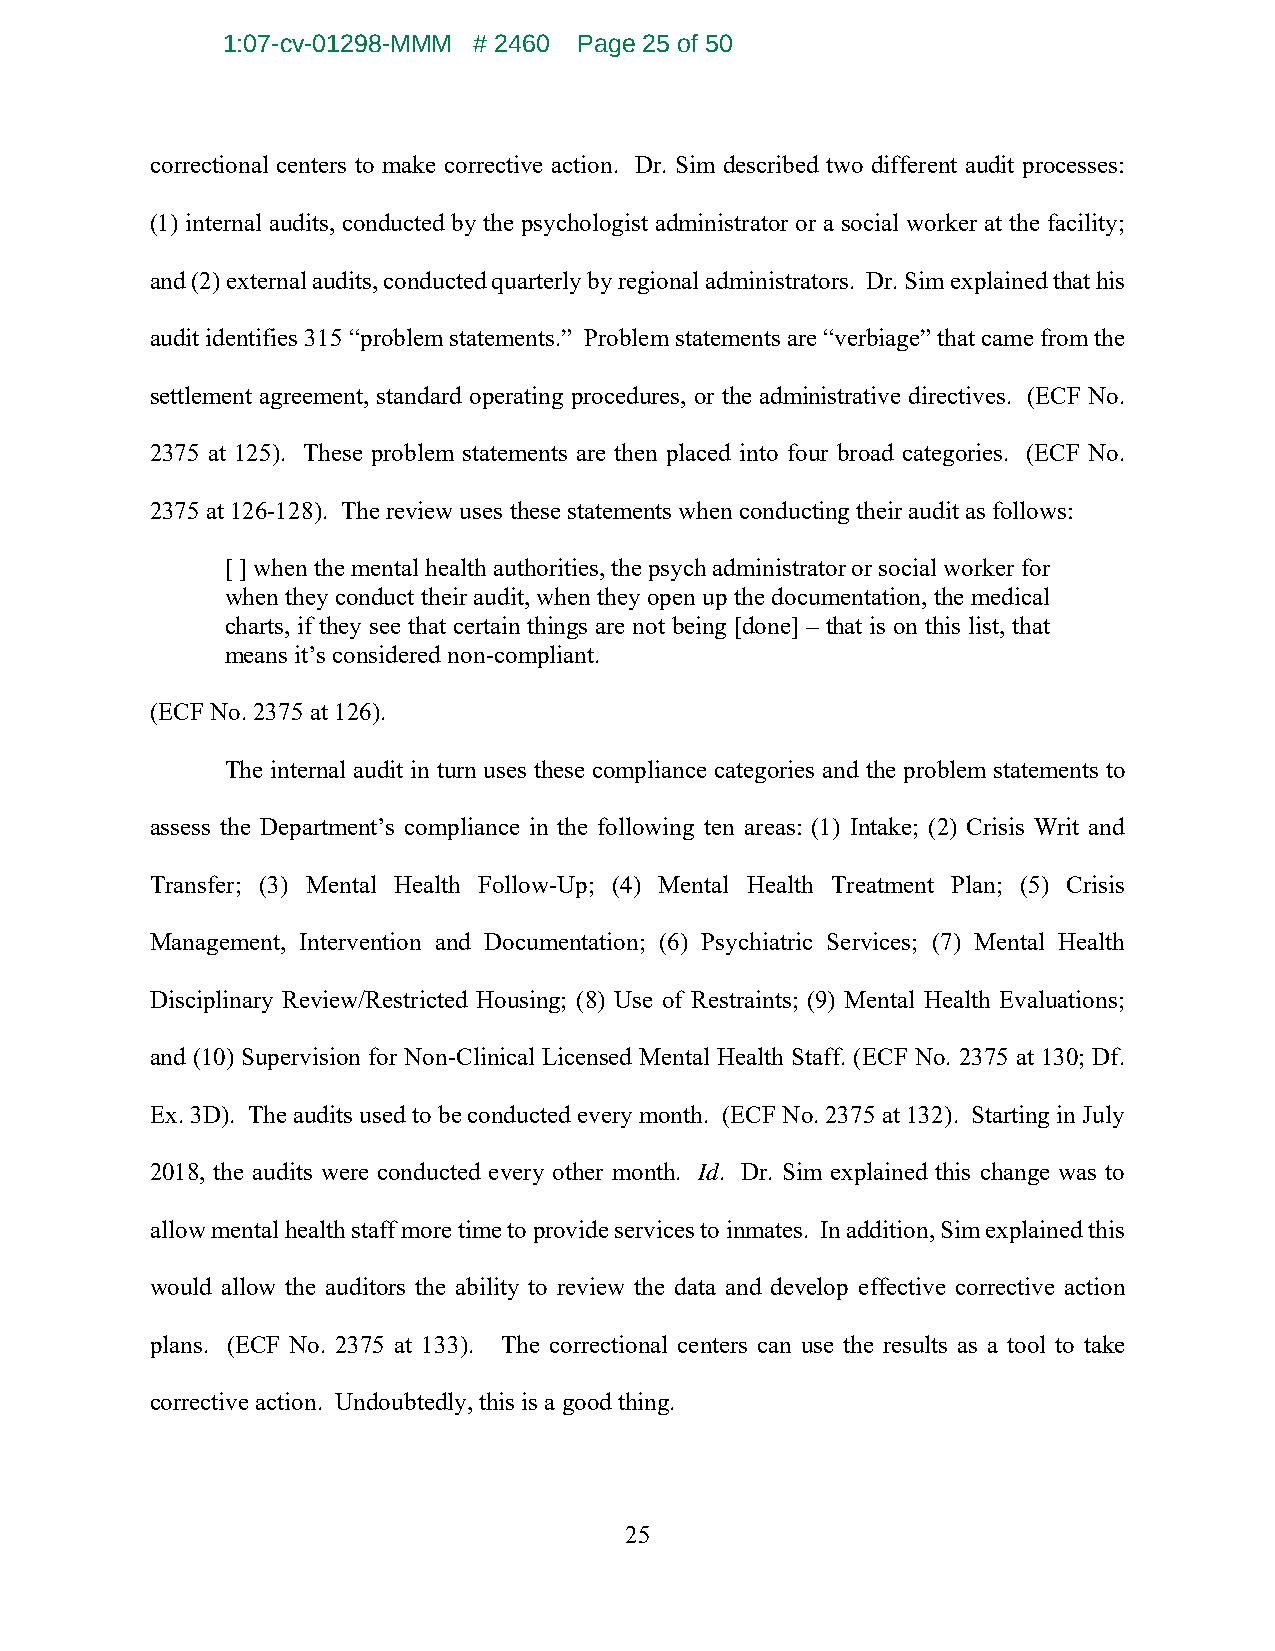
1:07-cv-01298-MMM # 2460 Page 25 of 50
 correctional centers to make corrective action. Dr. Sim described two different audit processes:
 (1) internal audits, conducted by the psychologist administrator or a social worker at the facility;
 and (2) external audits, conducted quarterly by regional administrators. Dr. Sim explained that his
 audit identifies 315 “problem statements.” Problem statements are “verbiage” that came from the
 settlement agreement, standard operating procedures, or the administrative directives. (ECF No.
 2375 at 125). These problem statements are then placed into four broad categories. (ECF No.
 2375 at 126-128). The review uses these statements when conducting their audit as follows:
 [ ] when the mental health authorities, the psych administrator or social worker for
 when they conduct their audit, when they open up the documentation, the medical
 charts, if they see that certain things are not being [done] – that is on this list, that
 means it’s considered non-compliant.
 (ECF No. 2375 at 126).
 The internal audit in turn uses these compliance categories and the problem statements to
 assess the Department’s compliance in the following ten areas: (1) Intake; (2) Crisis Writ and
 Transfer; (3) Mental Health Follow-Up; (4) Mental Health Treatment Plan; (5) Crisis
 Management, Intervention and Documentation; (6) Psychiatric Services; (7) Mental Health
 Disciplinary Review/Restricted Housing; (8) Use of Restraints; (9) Mental Health Evaluations;
 and (10) Supervision for Non-Clinical Licensed Mental Health Staff. (ECF No. 2375 at 130; Df.
 Ex. 3D). The audits used to be conducted every month. (ECF No. 2375 at 132). Starting in July
 2018, the audits were conducted every other month. Id. Dr. Sim explained this change was to
 allow mental health staff more time to provide services to inmates. In addition, Sim explained this
 would allow the auditors the ability to review the data and develop effective corrective action
 plans. (ECF No. 2375 at 133). The correctional centers can use the results as a tool to take
 corrective action. Undoubtedly, this is a good thing.
 25